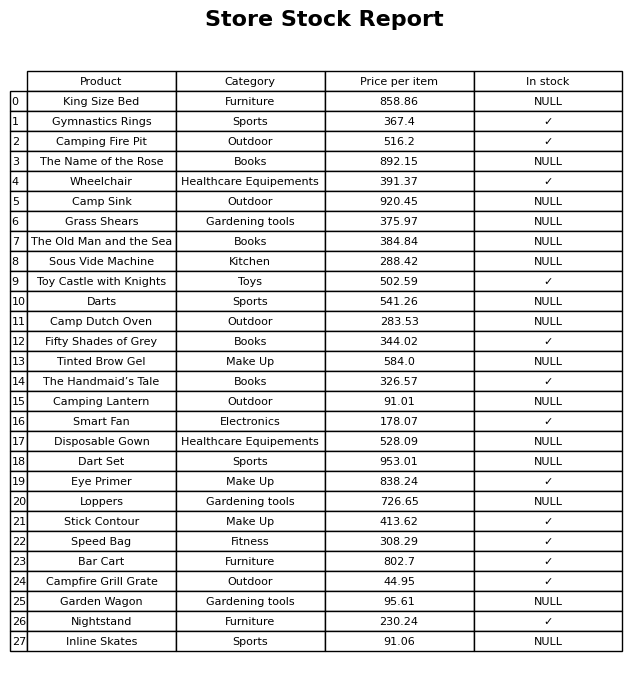
question: Is the Camping Fire Pit in stock?
answer: ✓